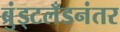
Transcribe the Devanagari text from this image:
ब्रुंड्टलँडनंतर